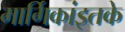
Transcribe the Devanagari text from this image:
मार्गिकांइतके